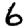
Digit: 6